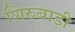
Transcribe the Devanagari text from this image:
शिरुबाड़ी